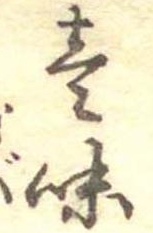
壱味